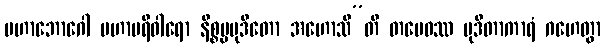
မဟာဘောဂေါ မဟာပရိဝါရော နိစ္စပ္ပမုဒိတော အဟောသီ”တိ တမေဝဿ မုဒိတာကာရံ ဂဟေတွာ